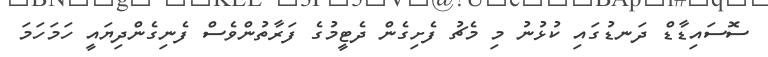
ސޮސައިޑާޑް ދަނޑުގައި ކުޅުނު މި މެޗު ފެށިގެން ދެޓީމުގެ ފަރާތުންވެސް ފެނިގެންދިޔައީ ހަމަހަމަ